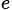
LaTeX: _e